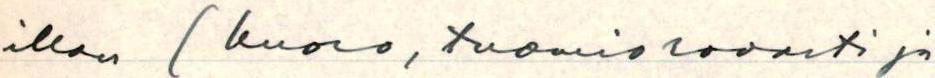
illan (kuoro, tuomiorovasti ja